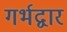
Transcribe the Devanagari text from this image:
गर्भद्वार